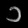
Digit: ၁